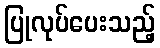
ပြုလုပ်ပေးသည့်